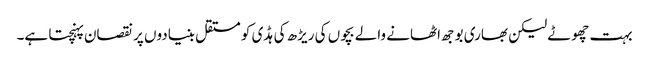
بہت چھوٹے لیکن بھاری بوجھ اٹھانے والے بچوں کی ریڑھ کی ہڈی کو مستقل بنیادوں پر نقصان پہنچتا ہے۔